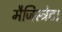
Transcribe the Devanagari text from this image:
मैजिस्ट्रेट।